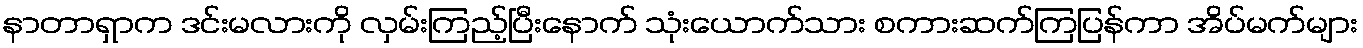
နာတာရှာက ဒင်းမလားကို လှမ်းကြည့်ပြီးနောက် သုံးယောက်သား စကားဆက်ကြပြန်ကာ အိပ်မက်များ